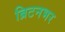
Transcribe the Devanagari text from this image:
ब्रिटनभर